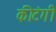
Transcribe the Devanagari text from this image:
कीटंगी